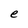
Character: e